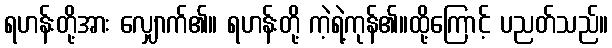
ရဟန်းတို့အား လျှောက်၏။ ရဟန်းတို့ ကဲ့ရဲ့ကုန်၏။ထို့ကြောင့် ပညတ်သည်။